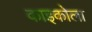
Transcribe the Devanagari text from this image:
काइकोला